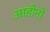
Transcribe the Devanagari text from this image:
आडीनो